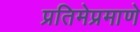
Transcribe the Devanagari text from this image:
प्रतिमेप्रमाणे